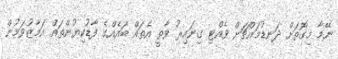
ނޭމާ މިގޮތަށް ދަނޑުމައްޗަށް ވެއްޓި ގިނައިރު ވާތީ އެތައް ބައެއްގެ ފާޑުކިޔުންތައް އަމާޒުވަމުން